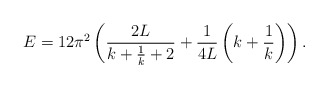
\begin{align*}E = 12 \pi^2 \left( \frac{2 L}{k + \frac{1}{k} + 2} + \frac{1}{4 L} \left( k + \frac{1}{k} \right) \right).\end{align*}